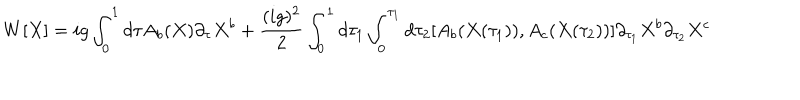
LaTeX: W [ X ] = i g \int _ { 0 } ^ { 1 } d \tau A _ { b } ( X ) \partial _ { \tau } X ^ { b } + \frac { ( i g ) ^ { 2 } } { 2 } \int _ { 0 } ^ { 1 } d \tau _ { 1 } \int _ { 0 } ^ { \tau _ { 1 } } d \tau _ { 2 } [ A _ { b } ( X ( \tau _ { 1 } ) ) , A _ { c } ( X ( \tau _ { 2 } ) ) ] \partial _ { \tau _ { 1 } } X ^ { b } \partial _ { \tau _ { 2 } } X ^ { c }